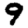
Digit: 9